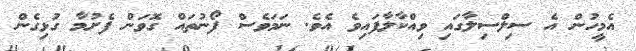
އެމީހުން އެ ސިލްސިލާގައި ވިއްކާލާފައިވެ އެވެ. ނަމަވެސް ފޯނުތައް ގޮވަން ފެށުމާ ގުޅިގެން